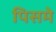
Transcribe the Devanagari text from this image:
पिसमे